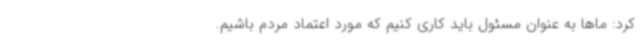
کرد: ماها به عنوان مسئول باید کاری کنیم که مورد اعتماد مردم باشیم.